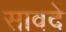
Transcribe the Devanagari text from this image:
सावदे